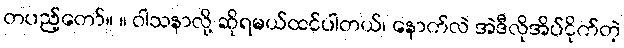
တပည့်တော်။ ။ ဝါသနာလို့ ဆိုရမယ်ထင်ပါတယ်၊ နောက်လဲ အဲဒီလိုအိပ်ငိုက်တဲ့